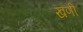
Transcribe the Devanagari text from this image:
खणी